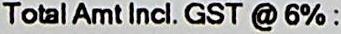
TOTAL AMT INCL. GST @ 6% :